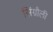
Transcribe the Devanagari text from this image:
सिंग्रौली